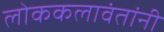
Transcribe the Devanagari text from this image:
लोककलावंतांनी